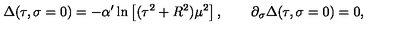
\Delta ( \tau , \sigma = 0 ) = - \alpha ^ { \prime } \ln \left[ ( \tau ^ { 2 } + R ^ { 2 } ) \mu ^ { 2 } \right] , \qquad \partial _ { \sigma } \Delta ( \tau , \sigma = 0 ) = 0 ,